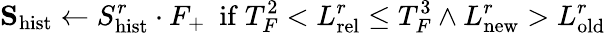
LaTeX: \mathbf{S}_{\mathrm{hist}}\leftarrow S_{\mathrm{hist}}^{r}\cdot F_{+}\ \ \mathrm{if}\ T_{F}^{2}<L_{\mathrm{rel}}^{r}\leq T_{F}^{3}\land L_{\mathrm{new}}^{r}>L_{\mathrm{old}}^{r}